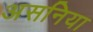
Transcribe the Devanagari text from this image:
असनिया